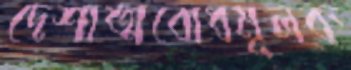
দেশাত্মবোধমূলক